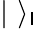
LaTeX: |\, \, \rangle_{\mathsf{I}}